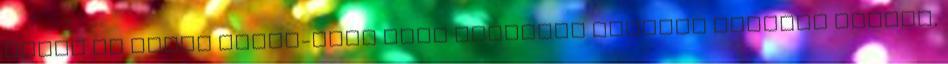
Művei az Arany János-féle népi balladák sajátos világát idézik,